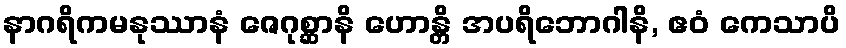
နာဂရိကမနုဿာနံ ဇေဂုစ္ဆာနိ ဟောန္တိ အပရိဘောဂါနိ, ဧဝံ ကေသာပိ